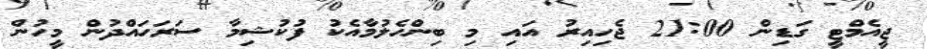
ޖީއެމްޓީ ގަޑިން 21:00 ޖެހިއިރު އައި މި ބިންހެލުމާއެކު ފުކުޝިމާ ސަރަހައްދުން މީހުން